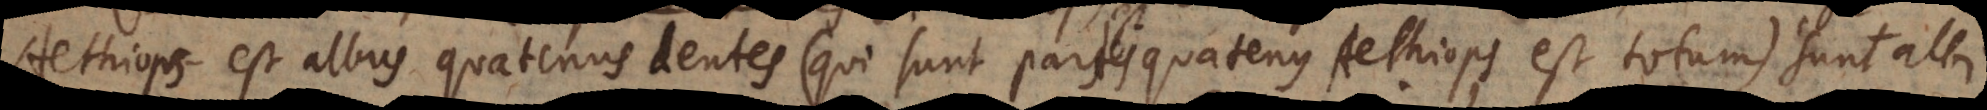
Aethiops est albus quatenus dentes (qui sunt partes quatenus Aethiops est totum) sunt albi